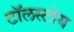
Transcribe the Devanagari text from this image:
टॉलस्टोय